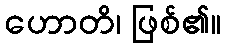
ဟောတိ၊ ဖြစ်၏။